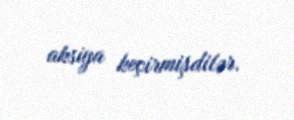
aksiya keçirmişdilər.